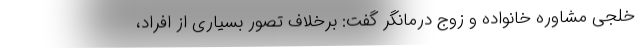
خلجی مشاوره خانواده و زوج درمانگر گفت: برخلاف تصور بسیاری از افراد،